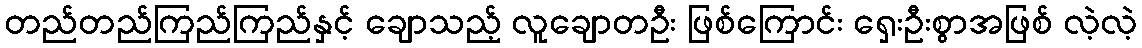
တည်တည်ကြည်ကြည်နှင့် ချောသည့် လူချောတဦး ဖြစ်ကြောင်း ရှေးဦးစွာအဖြစ် လဲ့လဲ့